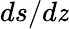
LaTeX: ds/d\mathit{z}